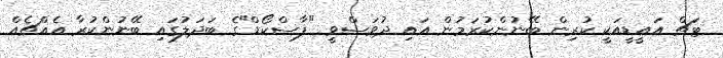
ޓަޗް އައީޑީއަކީ ކުރިން ބޭނުންކުރަމުން އައި ދުވަސްވީ "ޕާސްކޯޑް"ގެ ބަދަލުގައި ބޭނުންކުރާ އެއްޗެއް